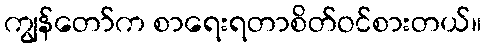
ကျွန်တော်က စာရေးရတာစိတ်ဝင်စားတယ်။